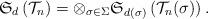
LaTeX: \begin{align*}\mathfrak{S}_d\left(\mathcal{T}_n\right) = \otimes_{\sigma\in\Sigma}\mathfrak{S}_{d(\sigma)}\left(\mathcal{T}_n(\sigma)\right).\end{align*}